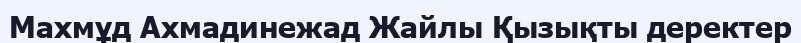
Махмұд Ахмадинежад Жайлы Қызықты деректер